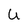
Character: U